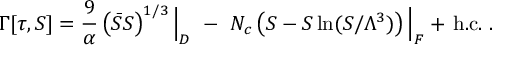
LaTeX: \Gamma [ \tau , S ] = { \frac { 9 } { \alpha } } \left( \bar { S } S \right) ^ { 1 / 3 } \Big | _ { D } ~ - ~ N _ { c } \left( S - S \ln ( S / \Lambda ^ { 3 } ) \right) \Big | _ { F } + \, \mathrm { h . c . } ~ .